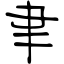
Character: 聿